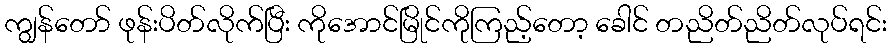
ကျွန်တော် ဖုန်းပိတ်လိုက်ပြီး ကိုအောင်မြိုင်ကိုကြည့်တော့ ခေါင် တညိတ်ညိတ်လုပ်ရင်း